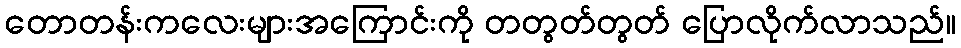
တောတန်းကလေးများအကြောင်းကို တတွတ်တွတ် ပြောလိုက်လာသည်။